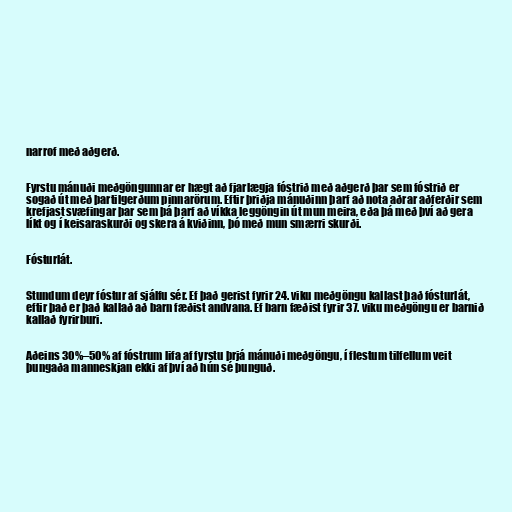
narrof með aðgerð.

Fyrstu mánuði meðgöngunnar er hægt að fjarlægja fóstrið með aðgerð þar sem fóstrið er
sogað út með þartilgerðum pinnarörum. Eftir þriðja mánuðinn þarf að nota aðrar aðferðir sem
krefjast svæfingar þar sem þá þarf að víkka leggöngin út mun meira, eða þá með því að gera
líkt og í keisaraskurði og skera á kviðinn, þó með mun smærri skurði.

Fósturlát.

Stundum deyr fóstur af sjálfu sér. Ef það gerist fyrir 24. viku meðgöngu kallast það fósturlát,
eftir það er það kallað að barn fæðist andvana. Ef barn fæðist fyrir 37. viku meðgöngu er barnið
kallað fyrirburi.

Aðeins 30%–50% af fóstrum lifa af fyrstu þrjá mánuði meðgöngu, í flestum tilfellum veit
þungaða manneskjan ekki af því að hún sé þunguð.